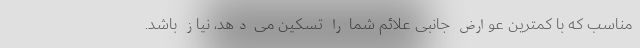
مناسب که با کمترین عوارض جانبی علائم شما را تسکین می دهد، نیاز باشد.